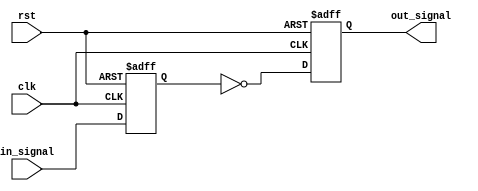
module inverter_delay (
    input wire clk,
    input wire rst,
    input wire in_signal,
    output reg out_signal
);

reg internal_delay;

always @(posedge clk or posedge rst) begin
    if (rst) begin
        internal_delay <= 1'b0;
        out_signal <= 1'b0;
    end else begin
        internal_delay <= in_signal;
        out_signal <= ~internal_delay;
    end
end

endmodule